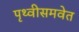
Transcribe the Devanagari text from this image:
पृथ्वीसमवेत